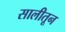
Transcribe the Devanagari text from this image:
सालीतून